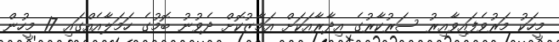
މީހަކު މަރުވެފައިވާއިރު ސަރުކާރުގެ އިދާރާއަކަށް އަމާޒުކޮށް ދެވުނު ބޮމުގެ ހަމަލާއެއްގައި 17 މީހުން